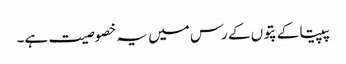
پپیتا کے پتوں کے رس میں یہ خصوصیت ہے۔